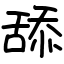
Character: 舔